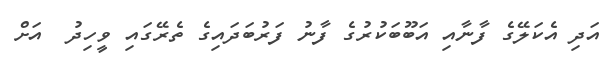
އަދި އެކަލޭގެ ފާނާއި އަބޫބަކުުރުގެ ފާނު ފަރުބަދައިގެ ތެރޭގައި ވީހިދު  އަށް